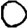
Digit: 0